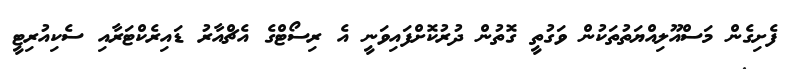
ފެށިގެން މަސްއޫލިއްޔަތުތަކުން ވަގުތީ ގޮތުން ދުރުކޮށްފައިވަނީ އެ ރިސޯޓްގެ އެޗްއާރު ޑައިރެކްޓަރާއި ސެކިއުރިޓީ